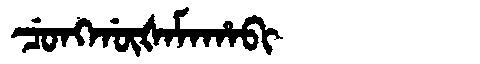
Manchu: ᠴᡠᠩᡤᡡᡧᠠᠮᠠᡥᠠᠪᡳ
Romanization: CUNGGŪŠAMAHABI